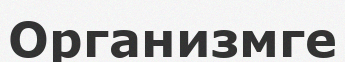
Организмге